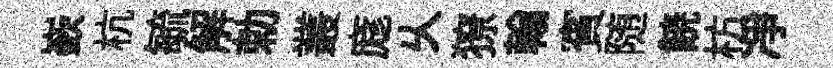
嶔杭毓解勅叢庬乆獠翰賓随𩜙枋凈